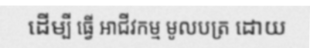
ដើម្បី ធ្វើ អាជីវកម្ម មូលបត្រ ដោយ